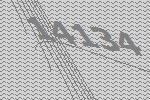
14134